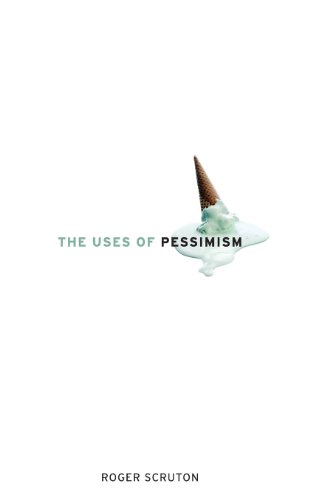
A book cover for The Uses of Pessimism: And the Danger of False Hope; Roger Scruton; Politics & Social Sciences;